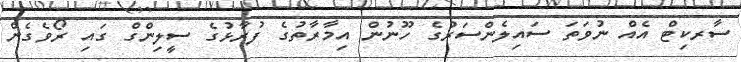
ސާރކިޓް އެއް ނުވަތަ ސައިލެންސަރުގެ ހޫނުން އިމާރާތުގެ ފުރާޅުގެ ސީލިންގް ގައި ރޯވެގެން